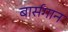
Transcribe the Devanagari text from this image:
बार्सगान